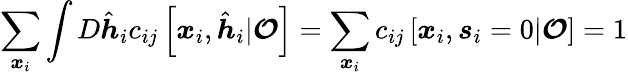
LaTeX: \sum_{\boldsymbol{x}_{i}}\int D\hat{\boldsymbol{h}}_{i}c_{ij}\left[\boldsymbol{x}_{i},\hat{\boldsymbol{h}}_{i}|\boldsymbol{\mathcal{O}}\right]=\sum_{\boldsymbol{x}_{i}}c_{ij}\left[\boldsymbol{x}_{i},{{\boldsymbol{s}}_{i}=0}|\boldsymbol{\mathcal{O}}\right]=1